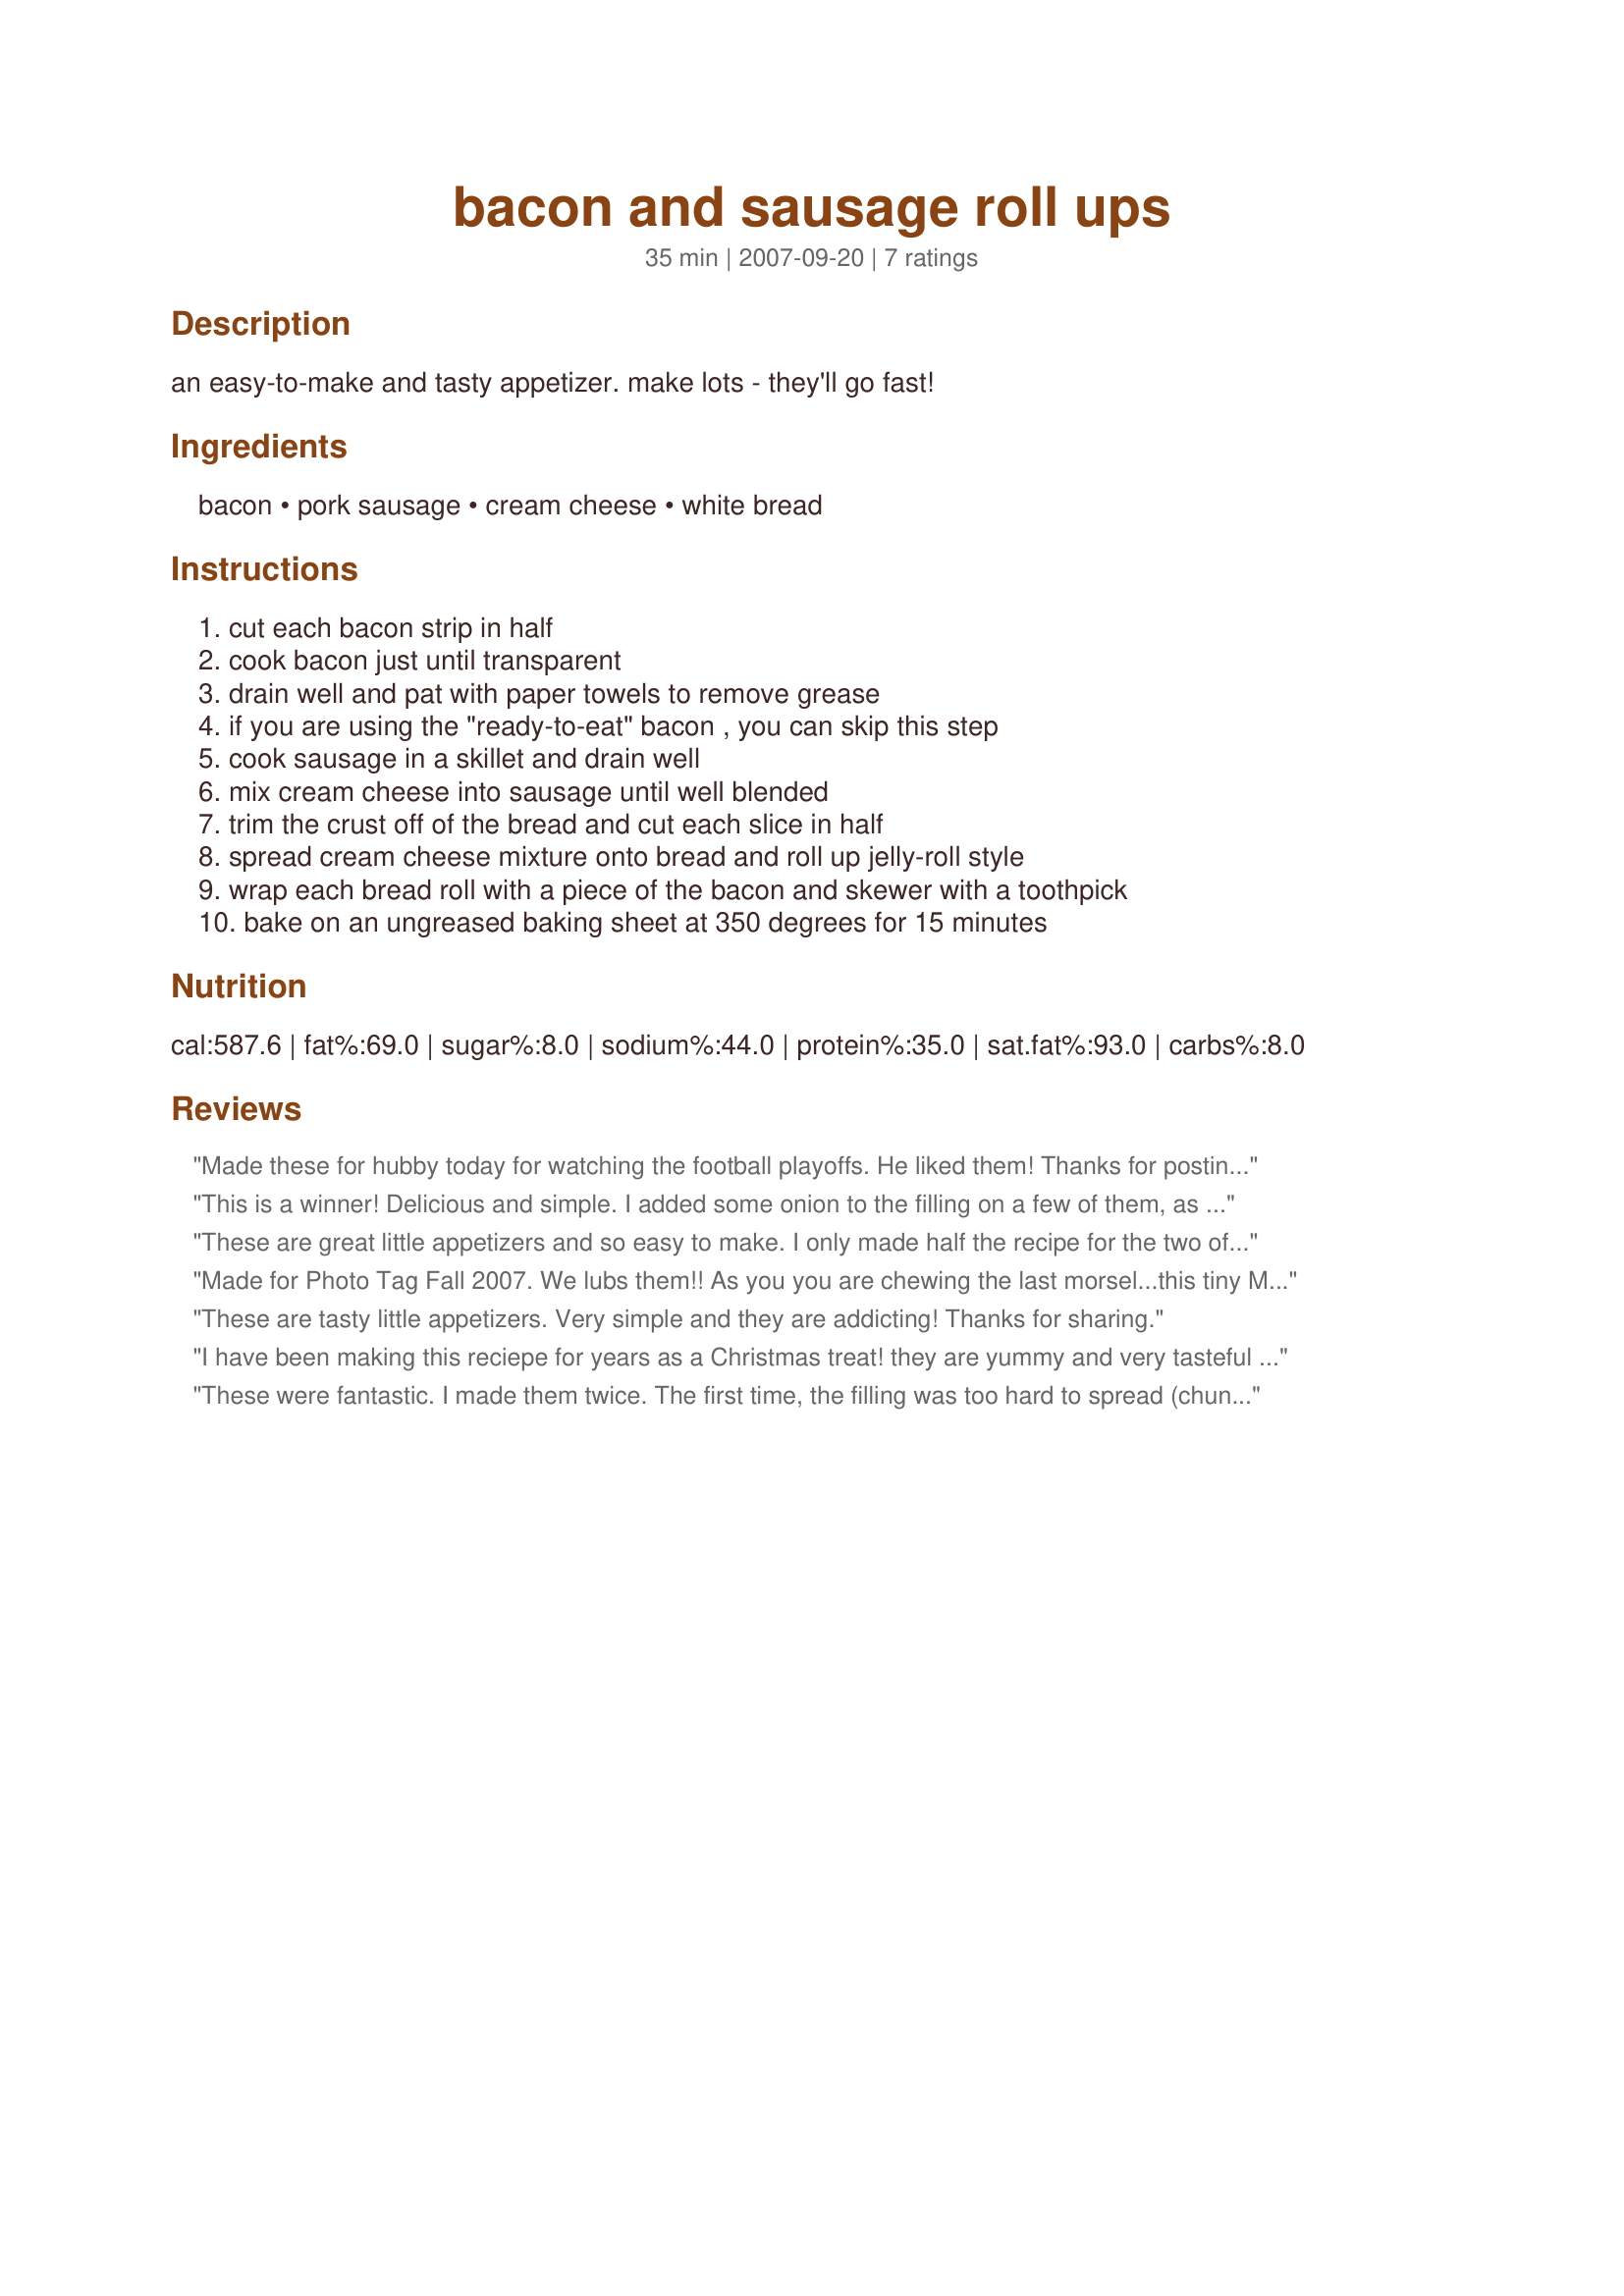
bacon and sausage roll ups
Preparation time: 35 minutes

an easy-to-make and tasty appetizer. make lots - they'll go fast!

Ingredients:
bacon, pork sausage, cream cheese, white bread

Steps:
cut each bacon strip in half, cook bacon just until transparent, drain well and pat with paper towels to remove grease, if you are using the "ready-to-eat" bacon , you can skip this step, cook sausage in a skillet and drain well, mix cream cheese into sausage until well blended, trim the crust off of the bread and cut each slice in half, spread cream cheese mixture onto bread and roll up jelly-roll style, wrap each bread roll with a piece of the bacon and skewer with a toothpick, bake on an ungreased baking sheet at 350 degrees for 15 minutes

Reviews:
Made these for hubby today for watching the football playoffs. He liked them! Thanks for posting Loof. Made for 1-2-3 Hit Wonders tag game.
This is a winner! Delicious and simple. I added some onion to the filling on a few of them, as we love onion, and both ways were quite good. I also used a sage pork sausage. Thanks for sharing!
These are great little appetizers and so easy to make. I only made half the recipe for the two of us. I used a nice wheat bread and spiced up the sausage mixture with 1/4 tsp garlic powder, 1/4 tsp onion powder with green onions and parsley, and a shake or two of crushed red pepper flakes. I had to bake mine about 30 minutes to get the bacon done, but that's my oven for you. Will make these again. Thanks loof. Made for PRMR Tag Game.
Made for Photo Tag Fall 2007.
We lubs them!!
As you you are chewing the last morsel...this tiny Mmmm is murmured and you gotta have just one more.
Thanks Loof!
These are tasty little appetizers. Very simple and they are addicting! Thanks for sharing.
I have been making this reciepe for years as a Christmas treat! they are yummy and very tasteful at any occasion. The only downside is that they arent the healthiest snack in the pantry. In fact I also call them the hand held heart attack.
These were fantastic. I made them twice. The first time, the filling was too hard to spread (chunks of sausage). The second time, I put the cream cheese and cooked sausage in my food processor. It was much easier to spread. I also didn't cut the bread in half until I had rolled it up with the filling. I also didn't cook the bacon first. It took 30 minutes with the raw bacon. FANTASTIC!
